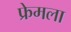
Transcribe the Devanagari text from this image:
फ्रेमला